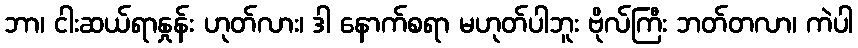
ဘာ၊ ငါးဆယ်ရာနှုန်း ဟုတ်လား၊ ဒါ နောက်စရာ မဟုတ်ပါဘူး ဗိုလ်ကြီး ဘတ်တလာ၊ ကဲပါ